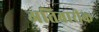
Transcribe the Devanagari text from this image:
अतिबारीक